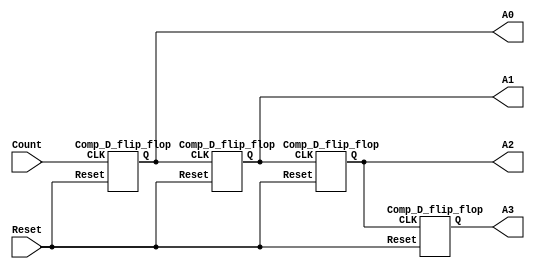
module Ripple_Counter_4bit (A3,A2,A1,A0, Count, Reset);
output A3,A2,A1,A0;
input Count,Reset;
//Instantiate complementing flip-flop
Comp_D_flip_flop F0 (A0, Count, Reset);
Comp_D_flip_flop F1 (A1, A0, Reset);
Comp_D_flip_flop F2 (A2, A1, Reset);
Comp_D_flip_flop F3 (A3, A2, Reset);
endmodule
//Complementing flip-flop with delay
//Input to D flip-flop = Q'

module Comp_D_flip_flop (Q, CLK, Reset);
output Q;
input CLK, Reset;
reg Q;
always @ (negedge CLK, posedge Reset)
if (Reset) Q <= 1'b0; else Q <= #2 ~Q;
endmodule